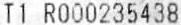
T1 R000235438